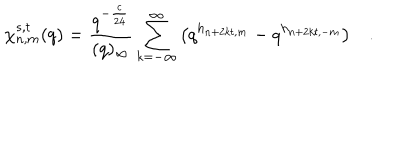
LaTeX: \chi _ { n , m } ^ { s , t } ( q ) = \frac { q ^ { - \frac { c } { 2 4 } } } { ( q ) _ { \infty } } \sum _ { k = - \infty } ^ { \infty } \left( q ^ { h _ { n + 2 k t , m } } - q ^ { h _ { n + 2 k t , - m } } \right) .